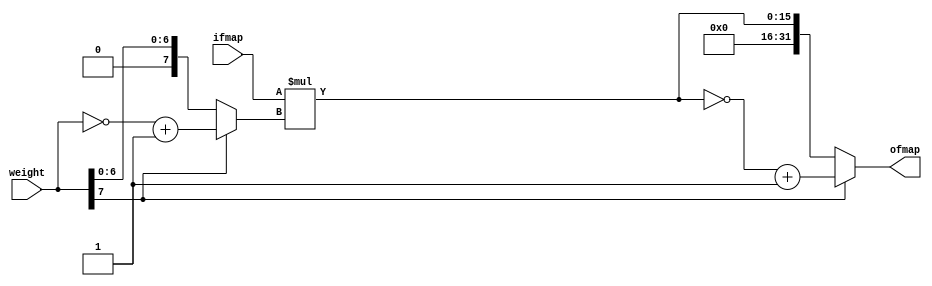
`timescale 1ns / 1ps

module PE_hl_mul(
    input [7:0] ifmap, // uint8
    input [7:0] weight, // int8
    output [31:0] ofmap //int32
    );
    
    wire minus;
    wire [7:0] complement;
    wire [31:0] mul_result;
    
    
    assign minus = weight[7];
    assign complement = ~weight + 1'b1;
    assign mul_result = ifmap * (minus ? complement : weight);
    assign ofmap = minus ? (~mul_result + 1'b1) : mul_result;

endmodule